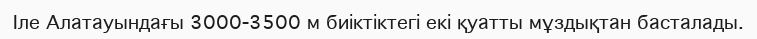
Іле Алатауындағы 3000-3500 м биіктіктегі екі қуатты мұздықтан басталады.